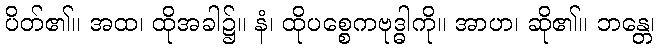
ပိတ်၏။ အထ၊ ထိုအခါ၌။ နံ၊ ထိုပစ္စေကဗုဒ္ဓါကို။ အာဟ၊ ဆို၏။ ဘန္တေ၊